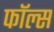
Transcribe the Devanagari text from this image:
फाॅल्स